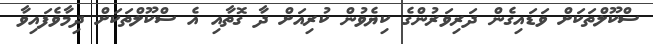
ސްކޫލްތަކަށް ވަޑައިގެން ދަރިވަރުންގެ ކިޔެވުން ކުރިއަށް ދާ ގޮތާއި އެ ސްކޫލްތަކަށް ދިމާވެފައިވާ